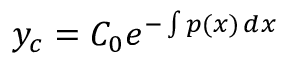
y _ { c } = C _ { 0 } e ^ { - \int p ( x ) \, d x }